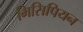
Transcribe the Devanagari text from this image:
मिसिपियन